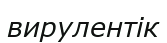
вирулентік